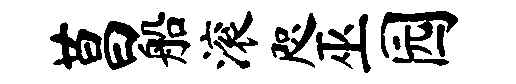
莒船滚咫巫园